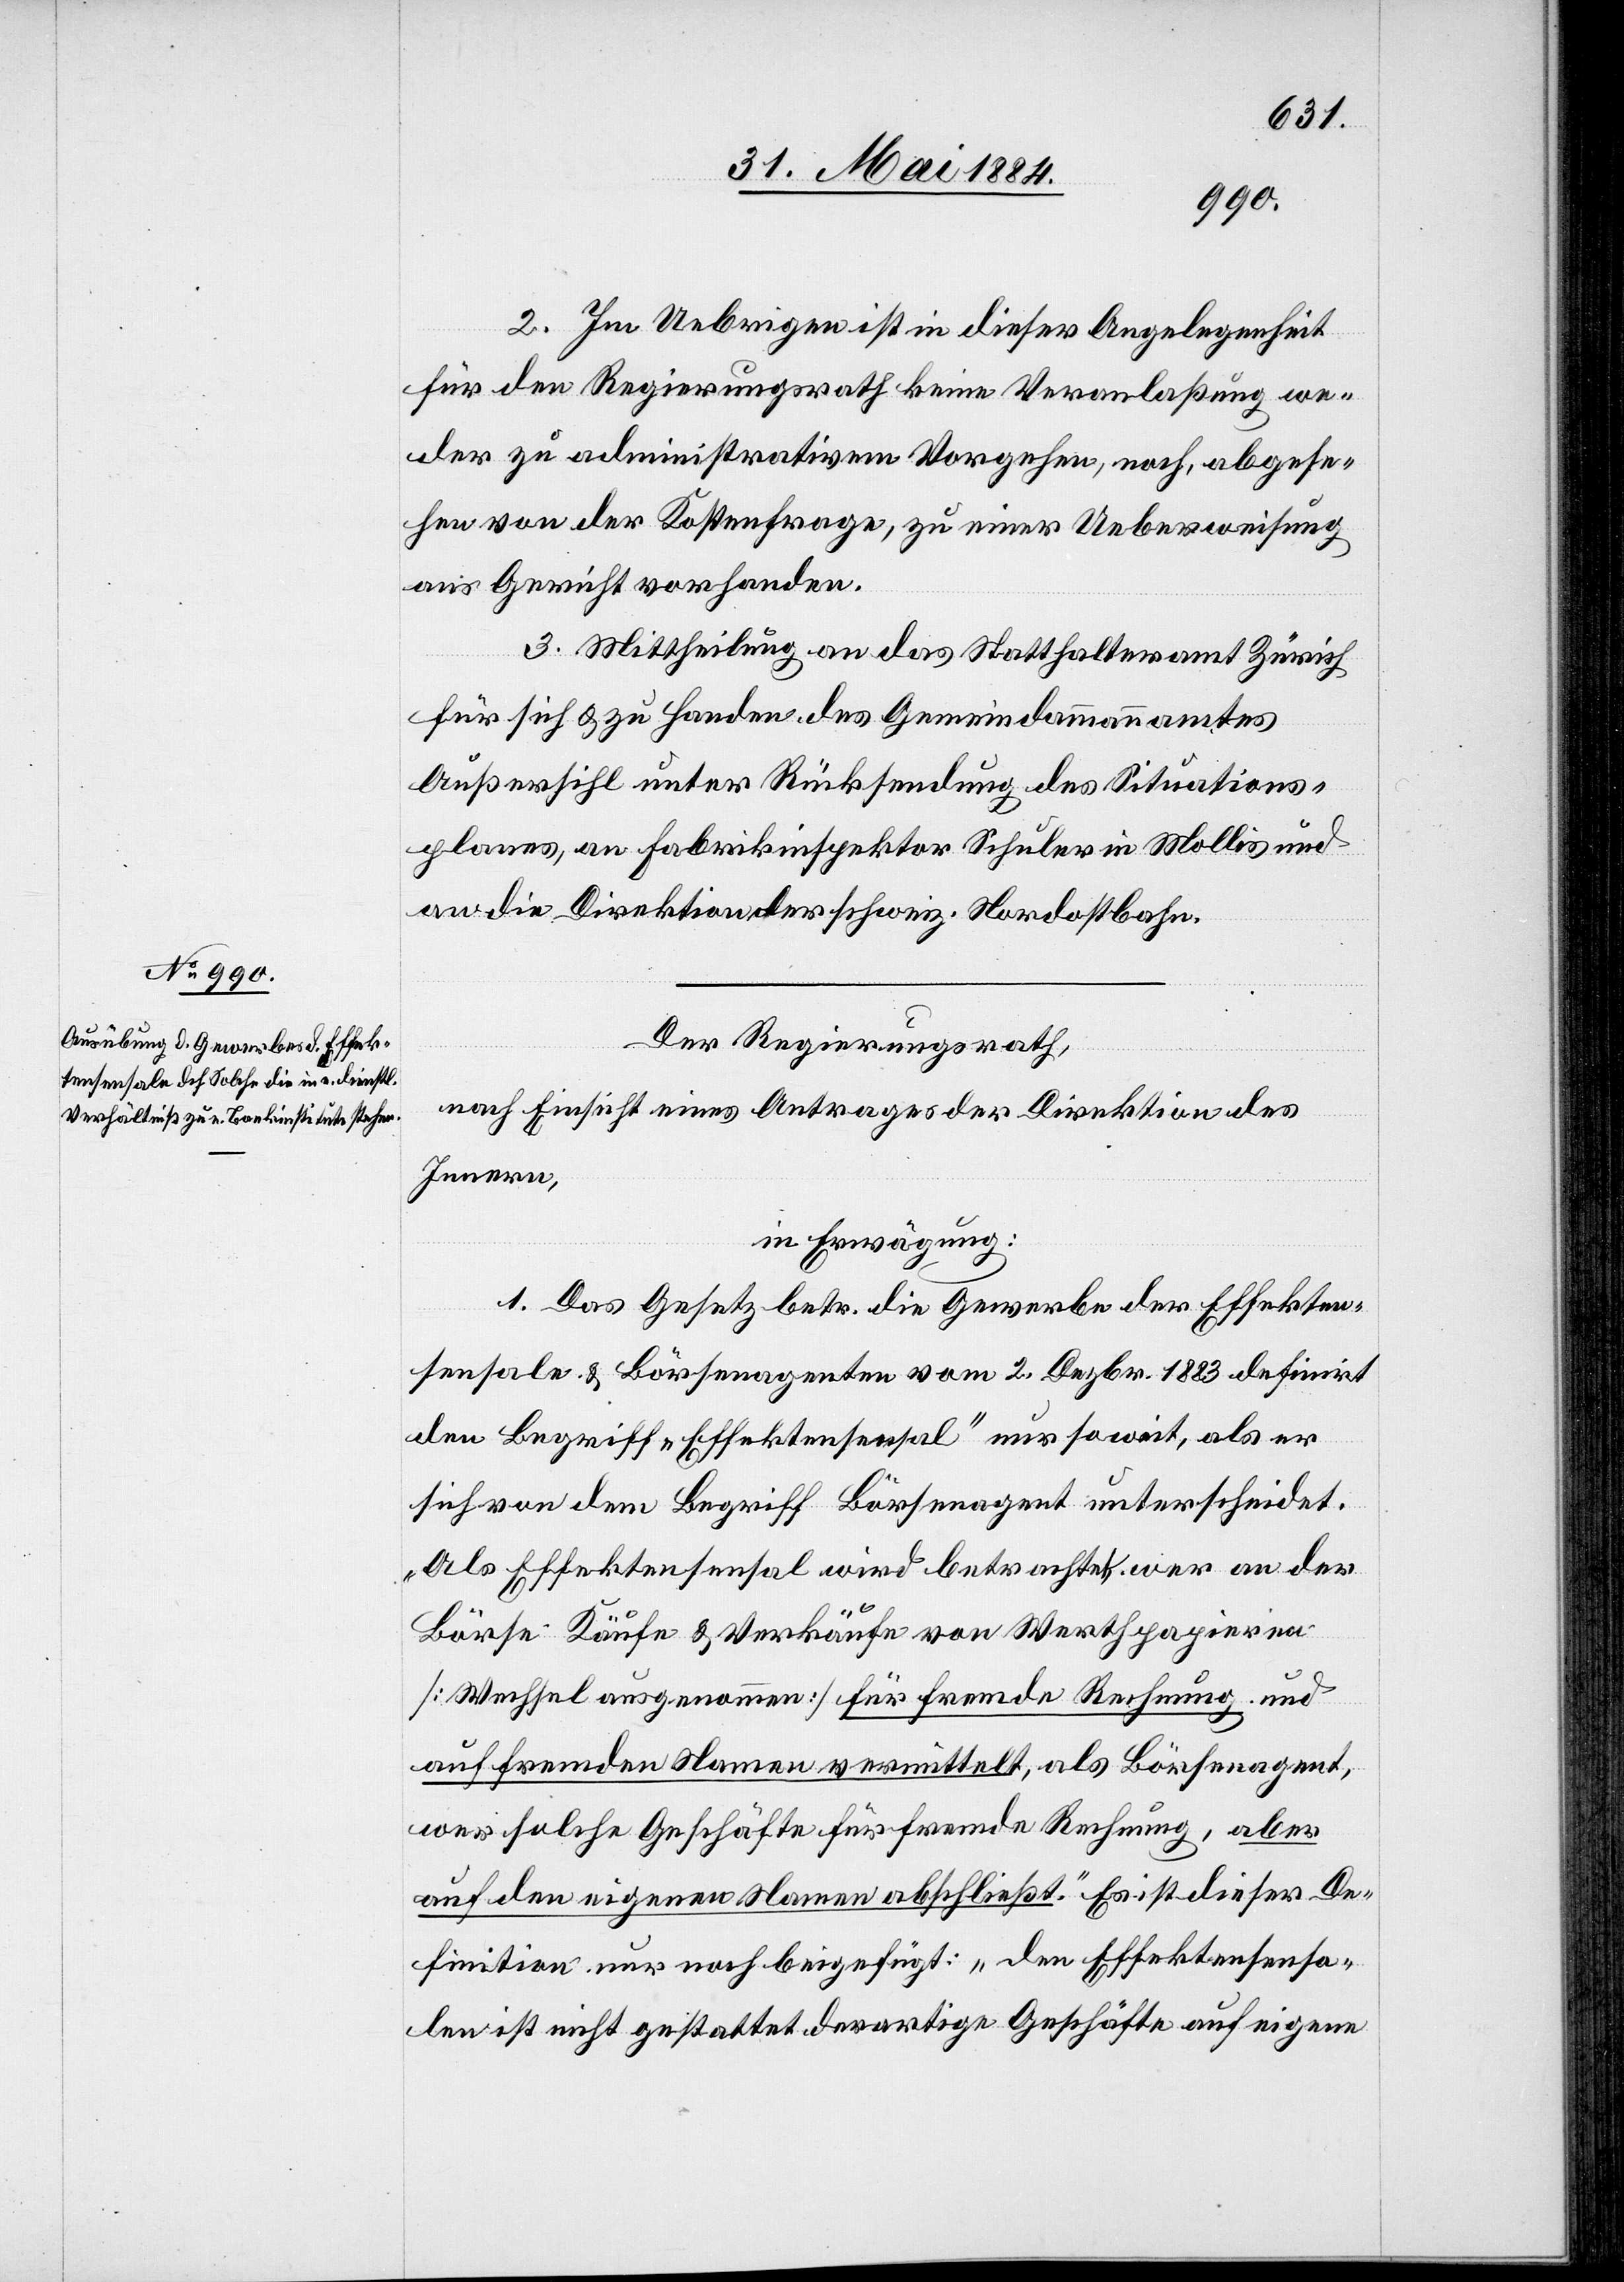
2. Im Uebrigen ist in dieser Angelegenheit
für den Regierungsrath keine Veranlaßung we¬
der zu administrativem Vorgehen, noch, abgese¬
hen von der Kostenfrage, zu einer Ueberweisung
ans Gericht vorhanden.
3. Mittheilung an das Statthalteramt Zürich
für sich & zu Handen des Gemeindammannamtes
Außersihl unter Rücksendung des Situations¬
planes, an Fabrikinspektor Schuler in Mollis und
an die Direktion der schweiz. Nordostbahn.
Der Regierungsrath,
nach Einsicht eines Antrages der Direktion des
Innern,
in Erwägung:
1. Das Gesetz betr. die Gewerbe der Effekten¬
sensale & Börsenagenten vom 2. Dezbr. 1883 definirt
den Begriff „Effektensensal“ nur soweit, als er
sich von dem Begriff Börsenagent unterscheidet.
„Als Effektensensal wird betrachtet, wer an der
Börse Käufe & Verkäufe von Werthpapiren
[Wechsel ausgenommen] für fremde Rechnung und
auf fremden Namen vermittelt, als Börsenagent,
wer solche Geschäfte für fremde Rechnung, aber
auf den eigenen Namen abschließt.“ Es ist dieser De¬
finition nur noch beigefügt: „den Effektensensa¬
len ist nicht gestattet derartige Geschäfte auf eigene